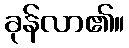
ခုန်လာ၏။